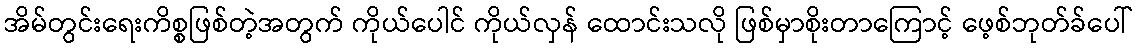
အိမ်တွင်းရေးကိစ္စဖြစ်တဲ့အတွက် ကိုယ်ပေါင် ကိုယ်လှန် ထောင်းသလို ဖြစ်မှာစိုးတာကြောင့် ဖေ့စ်ဘုတ်ခ်ပေါ်